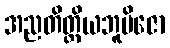
အညတိတ္ထိယဘူမိဇော